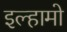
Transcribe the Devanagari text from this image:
इल्हामो